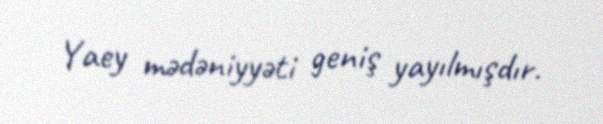
Yaey mədəniyyəti geniş yayılmışdır.